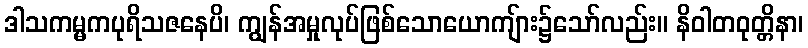
ဒါသကမ္မကပုရိသဇနေပိ၊ ကျွန်အမှုလုပ်ဖြစ်သောယောကျ်ား၌သော်လည်း။ နိဝါတဝုတ္တိနာ၊